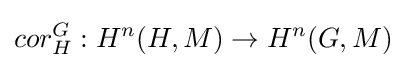
cor_{H}^{G}:H^{n}(H,M)\to H^{n}(G,M)